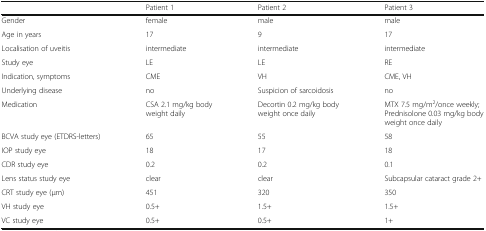
<table><thead><tr><td></td><td><b>Patient 1</b></td><td><b>Patient 2</b></td><td><b>Patient 3</b></td></tr></thead><tbody><tr><td>Gender</td><td>female</td><td>male</td><td>male</td></tr><tr><td>Age in years</td><td>17</td><td>9</td><td>17</td></tr><tr><td>Localisation of uveitis</td><td>intermediate</td><td>intermediate</td><td>intermediate</td></tr><tr><td>Study eye</td><td>LE</td><td>LE</td><td>RE</td></tr><tr><td>Indication, symptoms</td><td>CME</td><td>VH</td><td>CME, VH</td></tr><tr><td>Underlying disease</td><td>no</td><td>Suspicion of sarcoidosis</td><td>no</td></tr><tr><td>Medication</td><td>CSA 2.1 mg/kg body weight daily</td><td>Decortin 0.2 mg/kg body weight once daily</td><td>MTX 7.5 mg/m<sup>2</sup>/once weekly;Prednisolone 0.03 mg/kg body weight once daily</td></tr><tr><td>BCVA study eye (ETDRS-letters)</td><td>65</td><td>55</td><td>58</td></tr><tr><td>IOP study eye</td><td>18</td><td>17</td><td>18</td></tr><tr><td>CDR study eye</td><td>0.2</td><td>0.2</td><td>0.1</td></tr><tr><td>Lens status study eye</td><td>clear</td><td>clear</td><td>Subcapsular cataract grade 2+</td></tr><tr><td>CRT study eye (μm)</td><td>451</td><td>320</td><td>350</td></tr><tr><td>VH study eye</td><td>0.5+</td><td>1.5+</td><td>1.5+</td></tr><tr><td>VC study eye</td><td>0.5+</td><td>0.5+</td><td>1+</td></tr></tbody></table>